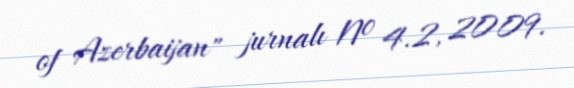
of Azerbaijan" jurnalı № 4.2, 2009.